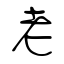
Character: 老